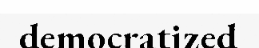
democratized